Vaccine operations Central Provinces & Berar 1922-1929 - 1922-1929
Year: 1922
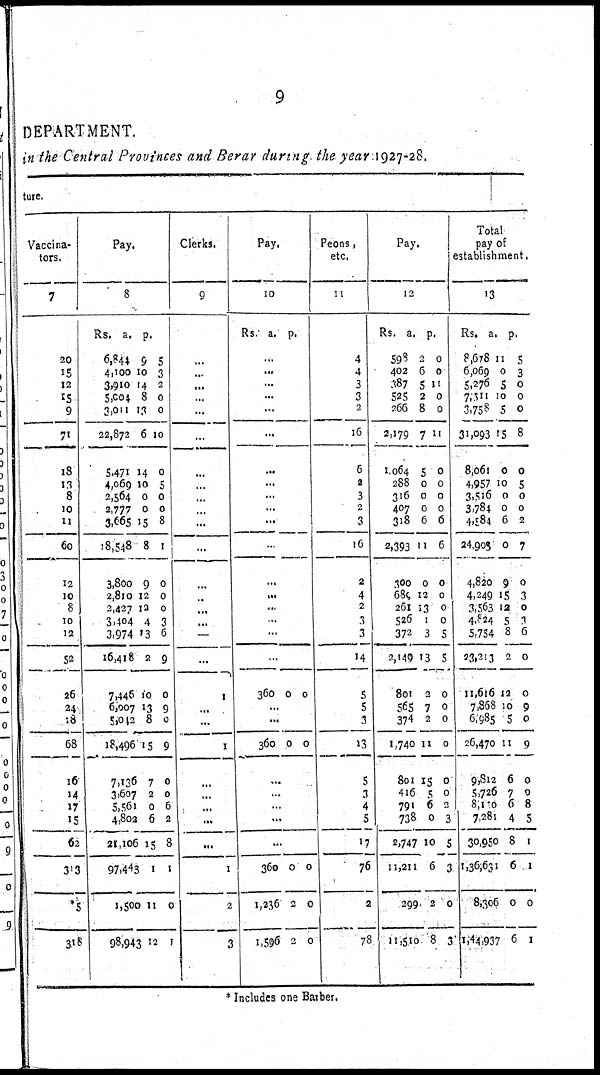
9
DEPARTMENT.
in the Central Provinces and Berar during the year 1927-28.
ture.
Vaccina-
tors.
7
20
15
12
15
9
71
18
13
8
10
11
60
12
10
8
10
12
52
26
24
18
68
16
14
17
15
62
313
*5
318
Pay.
8
Rs.
6,844
4,100
3,910
5,004
3,011
22,872
5,471
4,069
2,564
2,777
3,665
18,548
3,800
2,810
2,427
3,404
3,974
16,418
7,446
6,007
5,012
18,496
7,136
3,607
5,561
4,802
21,106
97,443
1,500
98,943
a.
9
10
14
8
13
6
14
10
0
0
15
8
9
12
12
4
13
2
10
13
8
15
7
2
0
6
15
1
11
12
p.
5
3
2
0
0
10
0
5
0
0
8
1
0
0
0
3
6
9
0
9
0
9
0
0
6
2
8
1
0
1
Clerks.
9
...
...
...
...
...
...
...
...
...
...
...
...
...
...
...
...
...
...
1
...
...
1
...
...
...
...
...
1
2
3
Pay.
10
Rs.
a.
p.
...
...
...
...
...
...
...
...
...
...
...
...
...
...
...
...
...
...
360 0 0
...
...
360 0 0
...
...
...
...
...
360
1,236
1,596
0
2
2
0
0
0
Peons,
etc.
11
4
4
3
3
2
16
6
2
3
2
3
16
2
4
2
3
3
14
5
5
3
13
5
3
4
5
17
76
2
78
Pay.
12
Rs.
598
402
387
525
266
2,179
1,064
288
316
407
318
2,393
300
680
261
526
372
2,149
801
565
374
1,740
801
416
791
738
2,747
11,211
299
11,510
a.
2
6
5
2
8
7
5
0
0
0
6
11
0
12
13
1
3
13
2
7
2
11
15
5
6
0
10
6
2
8
p.
0
0
11
0
0
11
0
0
0
0
6
6
0
0
0
0
5
5
0
0
0
0
0
0
2
3
5
3
0
3
Total
pay of
establishment.
13
Rs.
8,678
6,069
5,276
7,111
3,758
31,093
8,061
4,957
3,516
3,784
4,584
24,900
4,820
4,249
3,563
4,824
5,754
23,213
11,616
7,868
6,985
26,470
9,812
5,726
8,100
7,281
30,950
1,36,631
8,306
1,44,937
a.
11
0
5
10
5
15
0
10
0
0
6
0
9
15
12
5
8
2
12
10
5
11
6
7
6
4
8
6
0
6
p.
5
3
0
0
0
8
0
5
0
0
2
7
0
3
0
3 6
0
0
9
0
9
0
0
8
5
1
1
0
1
* Includes one Barber.